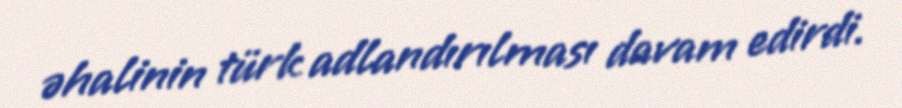
əhalinin türk adlandırılması davam edirdi.